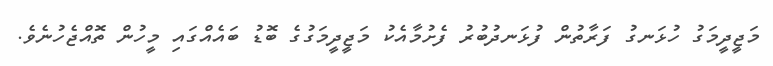
މަޖީދީމަގު ހުޅަނގު ފަރާތުން ފުޅަނދުބުރު ފެށުމާއެކު މަޖީދީމަގުގެ ބޮޑު ބައެއްގައި މީހުން ތޮއްޖެހުނެވެ.